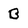
Character: B